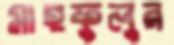
মাহফুলুর